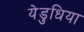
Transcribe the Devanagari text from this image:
येड़ुधिया